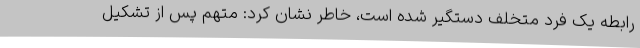
رابطه یک فرد متخلف دستگیر شده است، خاطر نشان کرد: متهم پس از تشکیل